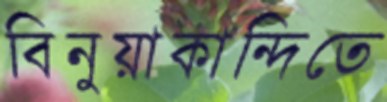
বিনুয়াকান্দিতে